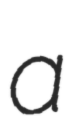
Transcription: a